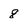
Character: 8